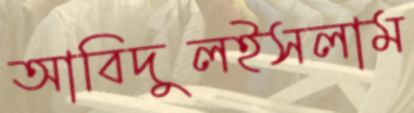
আবিদুলইসলাম